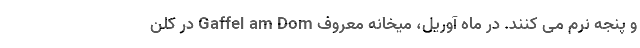
و پنجه نرم می کنند. در ماه آوریل، میخانه معروف Gaffel am Dom در کلن